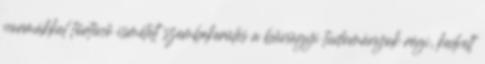
normákkal történő ismételt szembekerülés a bűnügyi tudományok régi, kedvelt